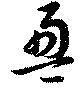
盈